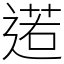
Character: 逽